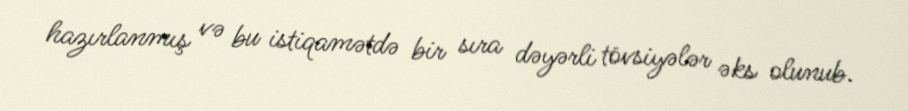
hazırlanmış və bu istiqamətdə bir sıra dəyərli tövsiyələr əks olunub.